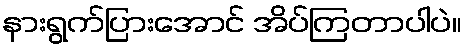
နားရွက်ပြားအောင် အိပ်ကြတာပါပဲ။